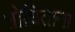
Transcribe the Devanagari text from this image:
शोधिताना